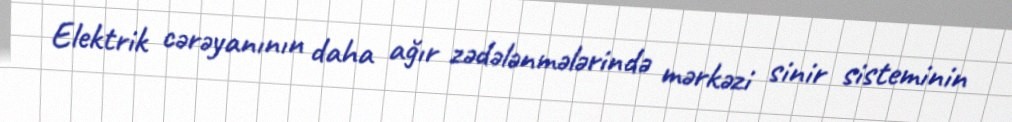
Elektrik cərəyanının daha ağır zədələnmələrində mərkəzi sinir sisteminin